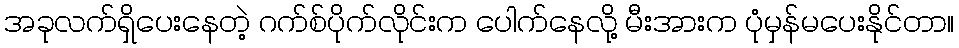
အခုလက်ရှိပေးနေတဲ့ ဂက်စ်ပိုက်လိုင်းက ပေါက်နေလို့ မီးအားက ပုံမှန်မပေးနိုင်တာ။